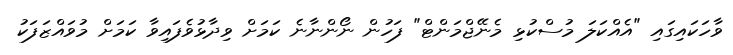
ވާހަކައިގައި "އެއްކަލަ މުސްކުޅި މެނޭޖްމަންޓް" ފަހުން ނޯންނާނެ ކަމަށް ވިދާޅުވެފައިވާ ކަމަށް މުވައްޒަފަކު